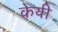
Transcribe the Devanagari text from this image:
केयी